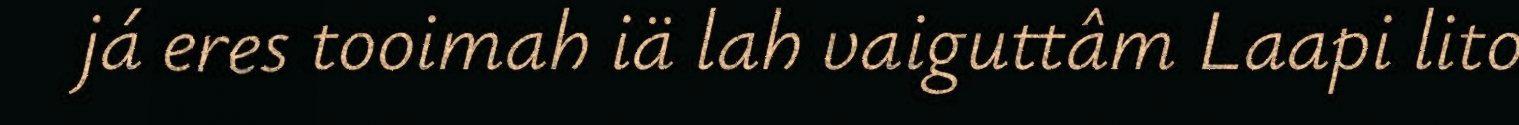
já eres tooimah iä lah vaiguttâm Laapi lito